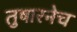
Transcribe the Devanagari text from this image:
तुषारनेच